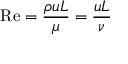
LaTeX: \mathrm { R e } = { \frac { \rho u L } { \mu } } = { \frac { u L } { \nu } }